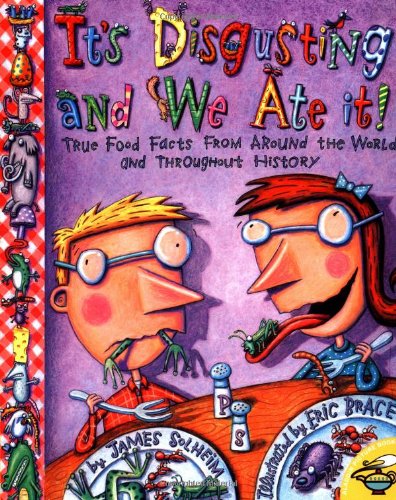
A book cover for It's Disgusting and We Ate It!  True Food Facts from Around the World and Throughout History; James Solheim; Cookbooks, Food & Wine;